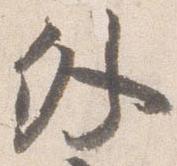
外